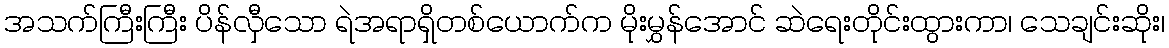
အသက်ကြီးကြီး ပိန်လှီသော ရဲအရာရှိတစ်ယောက်က မိုးမွှန်အောင် ဆဲရေးတိုင်းထွားကာ၊ သေချင်းဆိုး၊